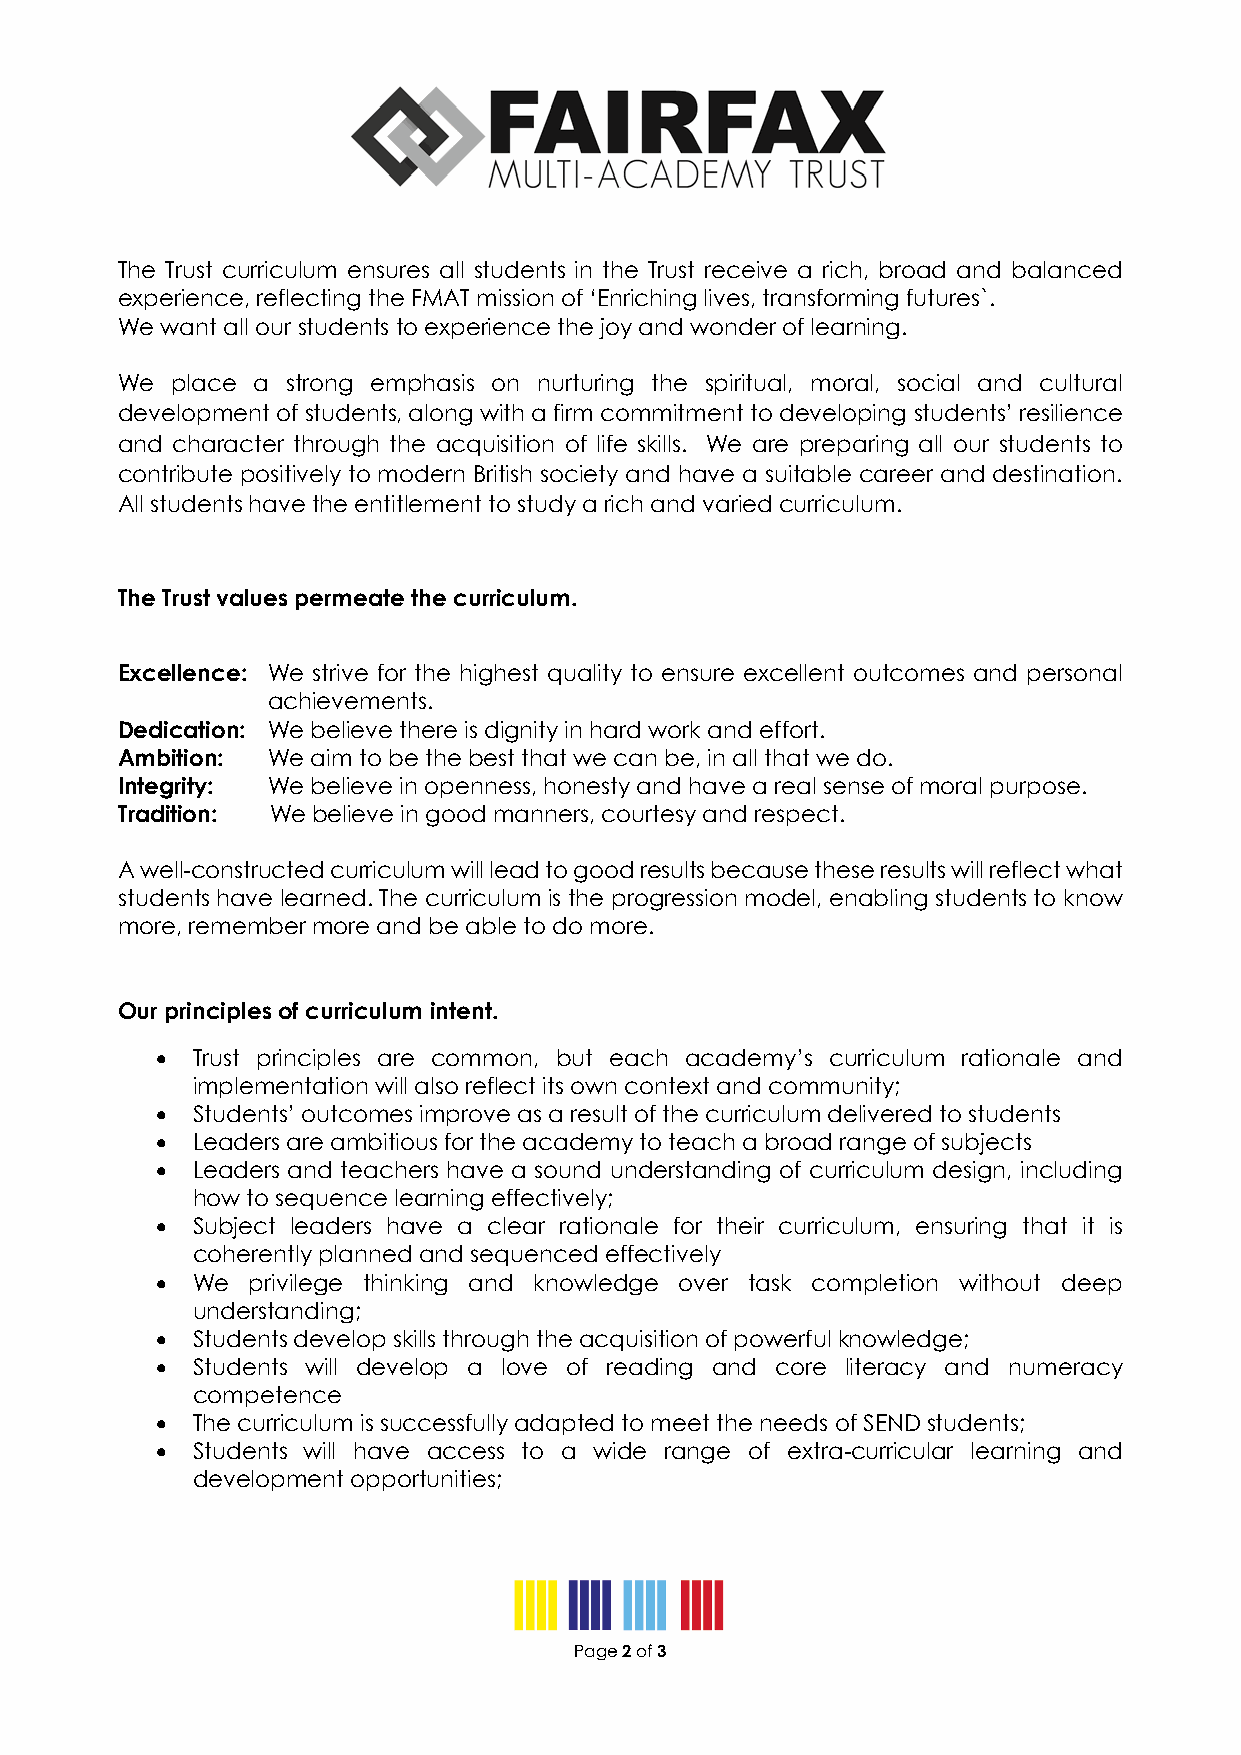
The Trust curriculum ensures all students in the Trust receive a rich, broad and balanced
 experience, reflecting the FMAT mission of ‘Enriching lives, transforming futures`.
 We want all our students to experience the joy and wonder of learning.
 We place a strong emphasis on nurturing the spiritual, moral, social and cultural
 development of students, along with a firm commitment to developing students’ resilience
 and character through the acquisition of life skills. We are preparing all our students to
 contribute positively to modern British society and have a suitable career and destination.
 All students have the entitlement to study a rich and varied curriculum.
 The Trust values permeate the curriculum.
 Excellence: We strive for the highest quality to ensure excellent outcomes and personal
 achievements.
 Dedication: We believe there is dignity in hard work and effort.
 Ambition: We aim to be the best that we can be, in all that we do.
 Integrity: We believe in openness, honesty and have a real sense of moral purpose.
 Tradition: We believe in good manners, courtesy and respect.
 A well-constructed curriculum will lead to good results because these results will reflect what
 students have learned. The curriculum is the progression model, enabling students to know
 more, remember more and be able to do more.
 Our principles of curriculum intent.
 •  Trust principles are common, but each academy’s curriculum rationale and
 implementation will also reflect its own context and community;
 •  Students’ outcomes improve as a result of the curriculum delivered to students
 •  Leaders are ambitious for the academy to teach a broad range of subjects
 •  Leaders and teachers have a sound understanding of curriculum design, including
 how to sequence learning effectively;
 •  Subject leaders have a clear rationale for their curriculum, ensuring that it is
 coherently planned and sequenced effectively
 •  We  privilege thinking and knowledge over task completion without deep
 understanding;
 •  Students develop skills through the acquisition of powerful knowledge;
 •  Students will develop a love of reading and core literacy and numeracy
 competence
 •  The curriculum is successfully adapted to meet the needs of SEND students;
 •  Students will have access to a wide range of extra-curricular learning and
 development opportunities;
 Page 2 of 3